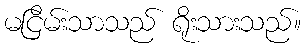
မငြိမ်းသာသည် ရိုးသားသည်။